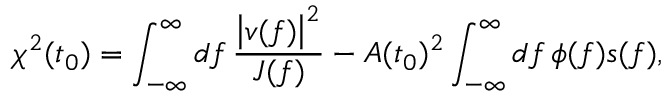
\chi ^ { 2 } ( t _ { 0 } ) = \int _ { - \infty } ^ { \infty } \mathop { d f } \frac { \left| v ( f ) \right| ^ { 2 } } { J ( f ) } - A ( t _ { 0 } ) ^ { 2 } \int _ { - \infty } ^ { \infty } \mathop { d f } \phi ( f ) s ( f ) ,